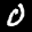
Label: 0